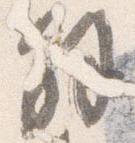
解